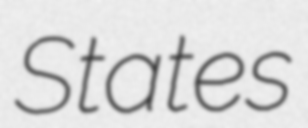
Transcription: States